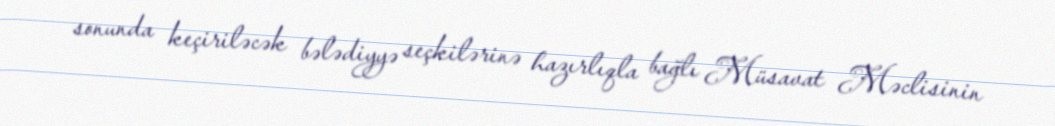
sonunda keçiriləcək bələdiyyə seçkilərinə hazırlıqla bağlı Müsavat Məclisinin